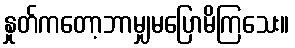
နှုတ်ကတော့ဘာမျှမပြောမိကြသေး။